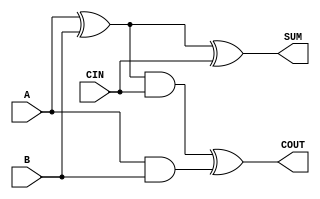

//add two bits, get sum and carry- gate implementation
module gate_adder(A,B,CIN,SUM,COUT);
 input A,B,CIN;
 output SUM,COUT;
 wire S1,C1,S2;

 xor xo1(S1,A,B);
 and a1(C1,A,B);
 and a2(S2,S1,CIN);
 xor xo2(SUM,S1,CIN);
 xor xo3(COUT,S2,C1);

endmodule 

//ripple adder of two 8 bit numbers-gate level implementation
module ripple_adder(NUM1,NUM2,ADDITION,CARRY);
 input [7:0] NUM1,NUM2;
 output [7:0] ADDITION;
 output CARRY;

 wire CIN=1'b0;
 wire COUT[7:0];
 gate_adder g1(NUM1[0],NUM2[0],CIN,ADDITION[0],COUT[0]);
 gate_adder g2(NUM1[1],NUM2[1],COUT[0],ADDITION[1],COUT[1]);
 gate_adder g3(NUM1[2],NUM2[2],COUT[1],ADDITION[2],COUT[2]);
 gate_adder g4(NUM1[3],NUM2[3],COUT[2],ADDITION[3],COUT[3]);
 gate_adder g5(NUM1[4],NUM2[4],COUT[3],ADDITION[4],COUT[4]);
 gate_adder g6(NUM1[5],NUM2[5],COUT[4],ADDITION[5],COUT[5]);
 gate_adder g7(NUM1[6],NUM2[6],COUT[5],ADDITION[6],COUT[6]);
 gate_adder g8(NUM1[7],NUM2[7],COUT[6],ADDITION[7],CARRY);
endmodule

//depending on a switch add two 8 bit numbers
module add_result(NUM1,NUM2,RESULTADD,RESULTCARRY,SWITCH);
 input [7:0] NUM1,NUM2;
 input SWITCH;
 output reg [7:0] RESULTADD;
 output reg RESULTCARRY;
 reg [7:0] OPE1=8'b00000000;
 wire [7:0] ADDITION1,ADDITION2;
 wire CARRY1,CARRY2;

 ripple_adder R1(NUM1,NUM2,ADDITION1,CARRY1);
 ripple_adder R2(OPE1,NUM2,ADDITION2,CARRY2); 

 always @(NUM1,NUM2,SWITCH,ADDITION1,ADDITION2)
 begin
   if(SWITCH==1'b0)
   begin
     RESULTADD=ADDITION2;
     RESULTCARRY=CARRY2;
   end
   else
   begin
     RESULTADD=ADDITION1;
     RESULTCARRY=CARRY1;     
   end
 end

endmodule

//right shift for arithmetic and rotate operations-gate level implementation
module right_shift(INVALUE,LIN,SHIFT,SHIFTVALUE);
 input [7:0] INVALUE;
 input LIN,SHIFT;
 output [7:0] SHIFTVALUE;

 wire SNOT,A,B,C,D,E,F,G,H;
 
 not n1(SNOT,SHIFT);

 and a3(A,INVALUE[0],SNOT);
 and a4(B,INVALUE[1],SHIFT);
 or  o1(SHIFTVALUE[0],A,B);

 and a5(C,INVALUE[1],SNOT);
 and a6(D,INVALUE[2],SHIFT);
 or  o2(SHIFTVALUE[1],C,D);

 and a7(E,INVALUE[2],SNOT);
 and a8(F,INVALUE[3],SHIFT);
 or  o3(SHIFTVALUE[2],E,F);

 and a9(G,INVALUE[3],SNOT);
 and a10(H,INVALUE[4],SHIFT);
 or  o4(SHIFTVALUE[3],G,H);

 and a11(I,INVALUE[4],SNOT);
 and a12(J,INVALUE[5],SHIFT);
 or  o5(SHIFTVALUE[4],I,J);

 and a13(K,INVALUE[5],SNOT);
 and a14(L,INVALUE[6],SHIFT);
 or  o6(SHIFTVALUE[5],K,L);

 and a15(M,INVALUE[6],SNOT);
 and a16(N,INVALUE[7],SHIFT);
 or  o7(SHIFTVALUE[6],M,N);

 and a17(O,INVALUE[7],SNOT);
 and a18(P,LIN,SHIFT);
 or  o8(SHIFTVALUE[7],O,P);


endmodule 


//logic shift both right and left depending on a parameter

module logic_general_shift(INVALUE,SHIFTTYPE,SHIFTVALUE);
 input [7:0] INVALUE;
 input SHIFTTYPE; //0 FOR LEFT SHIFT BY 1 POSITION. 1 FOR RIGHT SHIFT BY 1 POSITION.
 output [7:0] SHIFTVALUE;

 wire SNOT,A,C,D,E,F,G,H,I,J,K,L,N;
 
 not n1(SNOT,SHIFTTYPE);

 and a3(A,INVALUE[7],SHIFTTYPE);
 and a4(SHIFTVALUE[7],INVALUE[6],SNOT);
 and a5(C,INVALUE[6],SHIFTTYPE);
 and a6(D,INVALUE[5],SNOT);
 and a7(E,INVALUE[5],SHIFTTYPE);
 and a8(F,INVALUE[4],SNOT); 
 and a9(G,INVALUE[4],SHIFTTYPE);
 and a10(H,INVALUE[3],SNOT);
 and a11(I,INVALUE[3],SHIFTTYPE);
 and a12(J,INVALUE[2],SNOT);
 and a13(K,INVALUE[2],SHIFTTYPE);
 and a14(L,INVALUE[1],SNOT);
 and a15(SHIFTVALUE[0],INVALUE[1],SHIFTTYPE);
 and a16(N,INVALUE[0],SNOT);



 or  o1(SHIFTVALUE[6],A,D); 
 or  o2(SHIFTVALUE[5],C,F);
 or  o3(SHIFTVALUE[4],E,H);
 or  o4(SHIFTVALUE[3],G,J);
 or  o5(SHIFTVALUE[2],I,L);
 or  o6(SHIFTVALUE[1],K,N);



endmodule